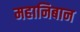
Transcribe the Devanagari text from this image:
महानिबान